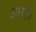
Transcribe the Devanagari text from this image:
आनन्द।